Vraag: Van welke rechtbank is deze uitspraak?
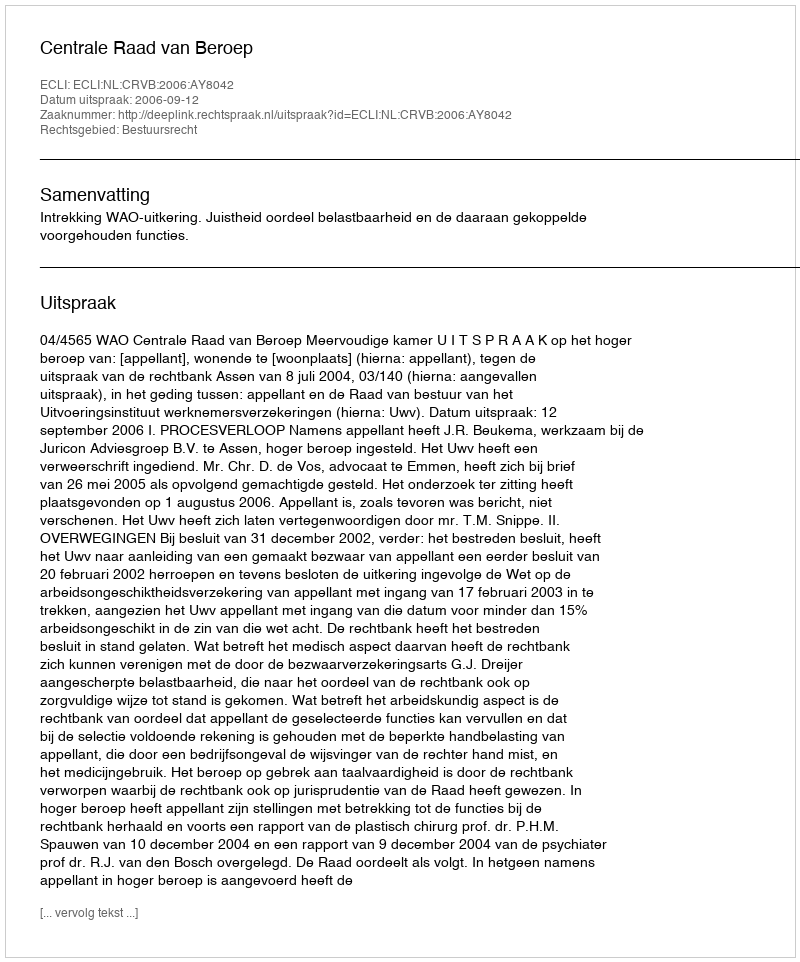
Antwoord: Centrale Raad van Beroep